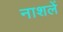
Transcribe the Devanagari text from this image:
नाशलें